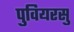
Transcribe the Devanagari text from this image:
पुवियरसु